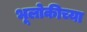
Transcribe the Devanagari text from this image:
भूलोकीच्या